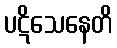
ပဋိသေနေတိ